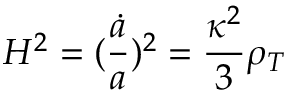
H ^ { 2 } = ( \frac { \dot { a } } { a } ) ^ { 2 } = \frac { \kappa ^ { 2 } } { 3 } \rho _ { T }